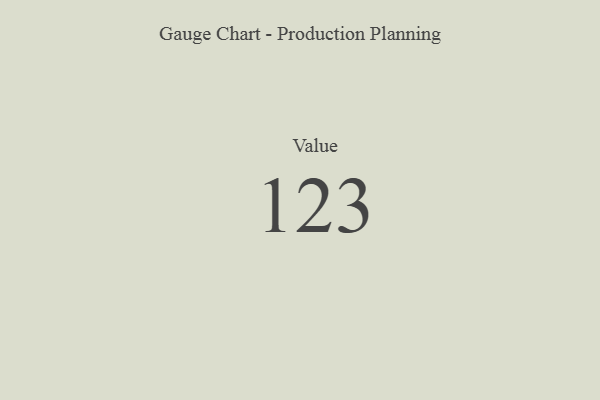
{"axis": {"x": "Metric", "y": "Value"}, "legend": [""], "data": [{"x": "Value", "y": 123, "type": ""}]}